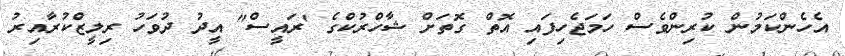
އެހެންކަމުން ކުރިންވެސް ހަމަޖެހިފައި އޮތް ގޮތަށް ޝާހްރުކްގެ 'ރައީސް" އީދު ދުވަހު ރިލީޒްކުރާއިރު